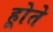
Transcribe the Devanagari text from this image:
होूते